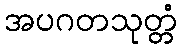
အပဂတသုတ္တံ